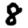
Digit: 8